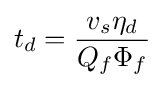
t_{d}={v_{s}\eta _{d} \over Q_{f}\Phi _{f}}